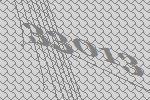
33013